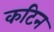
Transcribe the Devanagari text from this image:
कटिन